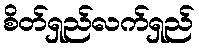
စိတ်ရှည်လက်ရှည်